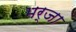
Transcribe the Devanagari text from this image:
भर्जा